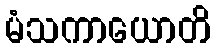
မံသကာယောတိ